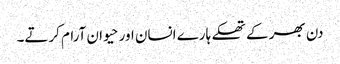
دن بھر کے تھکے ہارے انسان اور حیوان آرام کرتے۔